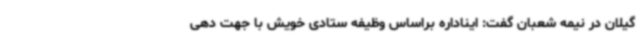
گیلان در نیمه شعبان گفت: ایناداره براساس وظیفه ستادی خویش با جهت دهی